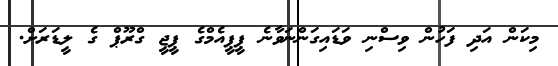
މިކަން އަދި ފަހުން ވިސްނި ވަޑައިގަންނަވާނެ ޕީޕީއެމްގެ ޕީޖީ ގްރޫޕް ގެ ލީޑަރަށް.